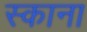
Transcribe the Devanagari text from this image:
स्काना